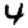
Digit: 4